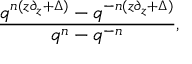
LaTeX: { \frac { q ^ { n ( z \partial _ { z } + \Delta ) } - q ^ { - n ( z \partial _ { z } + \Delta ) } } { q ^ { n } - q ^ { - n } } } ,